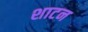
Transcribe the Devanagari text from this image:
शाटन